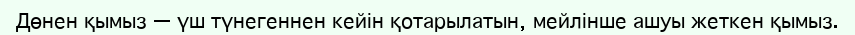
Дөнен қымыз — үш түнегеннен кейін қотарылатын, мейлінше ашуы жеткен қымыз.